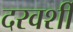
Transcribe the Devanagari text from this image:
दरवर्शी